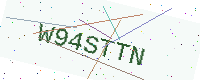
Text: W94STTN